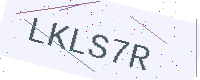
Text: LKLS7R